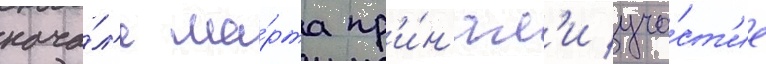
нача́л'е ма́рта пр'и́н'ял'и уча́ст'ие